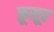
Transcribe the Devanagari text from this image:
क़ूसूर